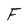
Character: F